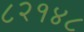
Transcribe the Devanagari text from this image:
८२१४८